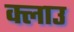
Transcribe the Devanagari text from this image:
क्लाउ